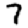
Digit: 7